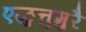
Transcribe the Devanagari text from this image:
एळुत्तुमुरै